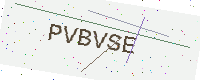
Text: PVBVSE